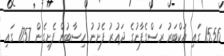
1556 ގައި އަކްބަރު ރަސްގެފާނުގެ ދައުރު ފެށުނު ހިސާބުން ފެށިގެން 1757 ގައި